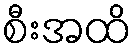
စီးအထိ